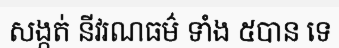
សង្កត់ នីវរណធម៌ ទាំង ៥បាន ទេ